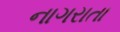
નાગરાતા